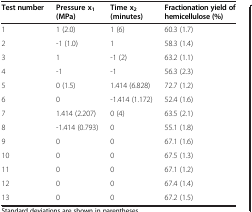
<table><thead><tr><td><b>Test number</b></td><td><b>Pressure x<sub>1</sub>(MPa)</b></td><td><b>Time x<sub>2</sub>(minutes)</b></td><td><b>Fractionation yield of hemicellulose (%)</b></td></tr></thead><tbody><tr><td>1</td><td>1 (2.0)</td><td>1 (6)</td><td>60.3 (1.7)</td></tr><tr><td>2</td><td>-1 (1.0)</td><td>1</td><td>58.3 (1.4)</td></tr><tr><td>3</td><td>1</td><td>-1 (2)</td><td>63.2 (1.1)</td></tr><tr><td>4</td><td>-1</td><td>-1</td><td>56.3 (2.3)</td></tr><tr><td>5</td><td>0 (1.5)</td><td>1.414 (6.828)</td><td>72.7 (1.2)</td></tr><tr><td>6</td><td>0</td><td>-1.414 (1.172)</td><td>52.4 (1.6)</td></tr><tr><td>7</td><td>1.414 (2.207)</td><td>0 (4)</td><td>63.5 (2.1)</td></tr><tr><td>8</td><td>-1.414 (0.793)</td><td>0</td><td>55.1 (1.8)</td></tr><tr><td>9</td><td>0</td><td>0</td><td>67.1 (1.6)</td></tr><tr><td>10</td><td>0</td><td>0</td><td>67.5 (1.3)</td></tr><tr><td>11</td><td>0</td><td>0</td><td>67.1 (1.2)</td></tr><tr><td>12</td><td>0</td><td>0</td><td>67.4 (1.4)</td></tr><tr><td>13</td><td>0</td><td>0</td><td>67.2 (1.5)</td></tr></tbody></table>